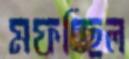
মফচ্ছিল